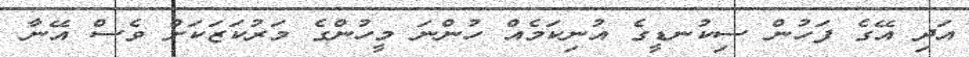
އަދި އޭގެ ފަހުން ސިކުނޑީގެ އުނިކަމެއް ހުންނަ މީހުންގެ މަރުކަޒަކަށް ވެސް އޭނާ